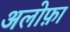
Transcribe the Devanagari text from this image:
अलोफ़ा